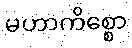
မဟာကိစ္စော